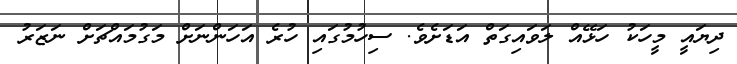
ދިޔައީ މީހަކު ހަޅޭއް ލަވައިގަތް އަޑަށެވެ. ސިހުމުގައި ހުރެ އަހަންނަށް މަގުމައްޗަށް ނަޒަރު